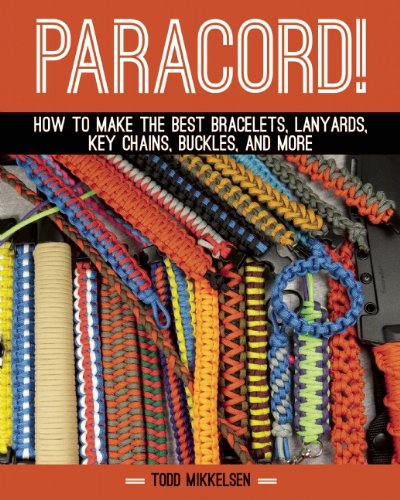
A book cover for Paracord!: How to Make the Best Bracelets, Lanyards, Key Chains, Buckles, and More; Todd Mikkelsen; Crafts, Hobbies & Home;